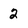
Character: 2